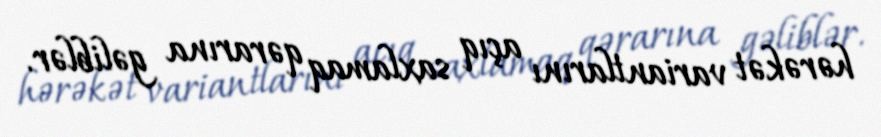
hərəkət variantlarını açıq saxlamaq qərarına gəliblər.